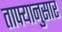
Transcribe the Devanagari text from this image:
ताफ्यानुसार